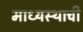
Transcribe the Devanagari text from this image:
माध्यस्थाची